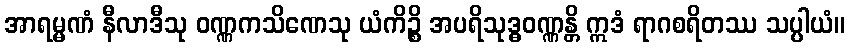
အာရမ္မဏံ နီလာဒီသု ဝဏ္ဏကသိဏေသု ယံကိဉ္စိ အပရိသုဒ္ဓဝဏ္ဏန္တိ ဣဒံ ရာဂစရိတဿ သပ္ပါယံ။